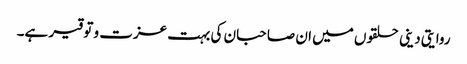
روایتی دینی حلقوں میں ان صاحبان کی بہت عزت و توقیر ہے۔